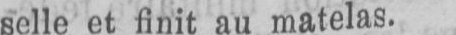
selle et finit au matelas.